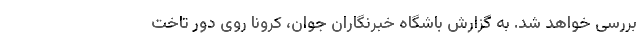
بررسی خواهد شد. به گزارش باشگاه خبرنگاران جوان، کرونا روی دور تاخت